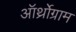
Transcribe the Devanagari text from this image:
ऑर्थ्रोग्राम